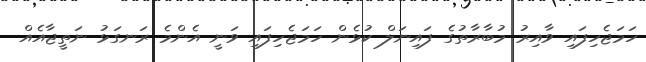
ހަމަޖެހިފައި ވާއިރު މުބާރާތުގެ ފައިނަލް ކުޅެން ހަމަޖެހިފައި ވަނީ އެންމެ ރަނގަޅު ނަތީޖާއެއް